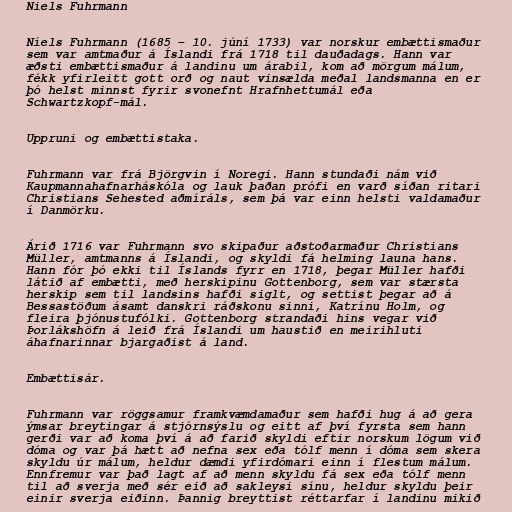
Niels Fuhrmann

Níels Fuhrmann (1685 – 10. júní 1733) var norskur embættismaður
sem var amtmaður á Íslandi frá 1718 til dauðadags. Hann var
æðsti embættismaður á landinu um árabil, kom að mörgum málum,
fékk yfirleitt gott orð og naut vinsælda meðal landsmanna en er
þó helst minnst fyrir svonefnt Hrafnhettumál eða
Schwartzkopf-mál.

Uppruni og embættistaka.

Fuhrmann var frá Björgvin í Noregi. Hann stundaði nám við
Kaupmannahafnarháskóla og lauk þaðan prófi en varð síðan ritari
Christians Sehested aðmíráls, sem þá var einn helsti valdamaður
í Danmörku.

Árið 1716 var Fuhrmann svo skipaður aðstoðarmaður Christians
Müller, amtmanns á Íslandi, og skyldi fá helming launa hans.
Hann fór þó ekki til Íslands fyrr en 1718, þegar Müller hafði
látið af embætti, með herskipinu Gottenborg, sem var stærsta
herskip sem til landsins hafði siglt, og settist þegar að á
Bessastöðum ásamt danskri ráðskonu sinni, Katrínu Holm, og
fleira þjónustufólki. Gottenborg strandaði hins vegar við
Þorlákshöfn á leið frá Íslandi um haustið en meirihluti
áhafnarinnar bjargaðist á land.

Embættisár.

Fuhrmann var röggsamur framkvæmdamaður sem hafði hug á að gera
ýmsar breytingar á stjórnsýslu og eitt af því fyrsta sem hann
gerði var að koma því á að farið skyldi eftir norskum lögum við
dóma og var þá hætt að nefna sex eða tólf menn í dóma sem skera
skyldu úr málum, heldur dæmdi yfirdómari einn í flestum málum.
Ennfremur var það lagt af að menn skyldu fá sex eða tólf menn
til að sverja með sér eið að sakleysi sínu, heldur skyldu þeir
einir sverja eiðinn. Þannig breyttist réttarfar í landinu mikið